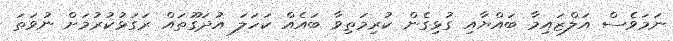
ނަމަވެސް އަލްޒައިމާ ބައްޔާއި ގުޅިގެން ކުރިމަތިވާ ބައެއް ކަހަލަ އުދަގޫތައް ރަގަޅުކުރުމަށް ނުވަތަ